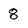
Character: 8